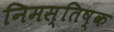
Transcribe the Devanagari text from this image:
निमस्तिष्क